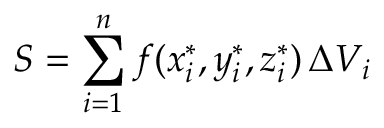
S = \sum _ { i = 1 } ^ { n } f ( x _ { i } ^ { * } , y _ { i } ^ { * } , z _ { i } ^ { * } ) \, \Delta V _ { i }